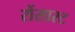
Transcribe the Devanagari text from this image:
रोंसास्ट